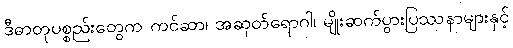
ဒီဓာတုပစ္စည်းတွေက ကင်ဆာ၊ အဆုတ်ရောဂါ၊ မျိုးဆက်ပွားပြဿနာများနှင့်